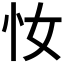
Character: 𢖵